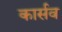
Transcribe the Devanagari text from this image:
कार्सव